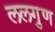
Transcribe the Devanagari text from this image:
ललगुण